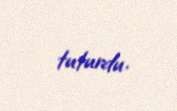
tuturdu.